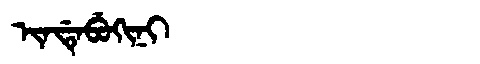
Manchu: ᡳᠨᡩᡝᠪᡠᡴᡳᠨᡳ
Romanization: INDEBUKINI